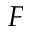
_ F